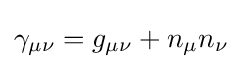
\gamma _{\mu \nu }=g_{\mu \nu }+n_{\mu }n_{\nu }